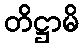
တိဋ္ဌာမိ